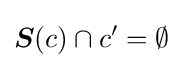
{\boldsymbol {S}}(c)\cap c'=\emptyset